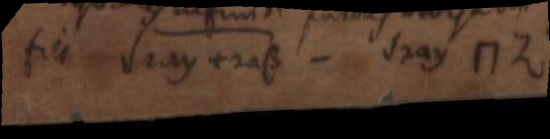
fiet √2ay - 2aβ - √2ay ⊓ z